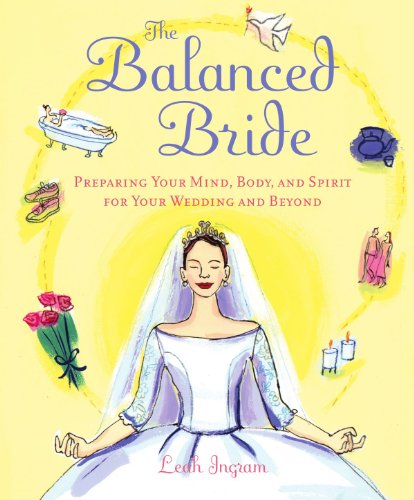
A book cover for The Balanced Bride : Preparing Your Mind, Body and Spirit for Your Wedding and Beyond; Leah Ingram; Crafts, Hobbies & Home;